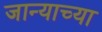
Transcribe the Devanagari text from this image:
जान्याच्या